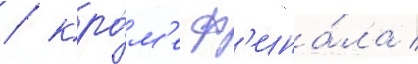
/ кро́м'е ф'ина́ла /